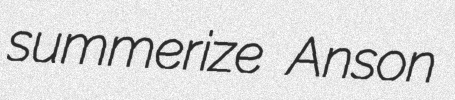
summerize Anson